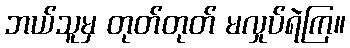
ဘယ်သူမှ တုတ်တုတ် မလှုပ်ရဲကြ။